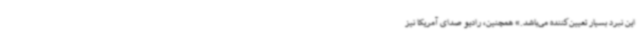
این نبرد بسیار تعیین‌کننده می‌باشد.» همچنین، رادیو صدای آمریکا نیز